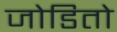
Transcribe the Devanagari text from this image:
जोडितो